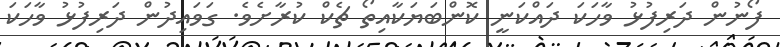
ފޯނުން ދަރިފުޅު ވާހަކަ ދައްކަނީ ކޮންބަޔަކާއިތޯ ޗެކް ކުރާށެވެ. ގަވައިދުން ދަރިފުޅު ވާހަކަ